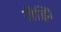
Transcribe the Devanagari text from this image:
रीझि